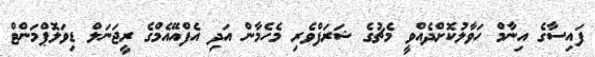
ފައިސާގެ އިނާމް ހަވާލުކޮށްދެއްވީ މެޗުގެ ޝަރަފްވެރި މެހެމާން އަދި އެފްއޭއެމްގެ ރީޖަނަލް ޑިވަލޮޕްމަންޓް